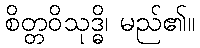
စိတ္တဝိသုဒ္ဓိ၊ မည်၏။